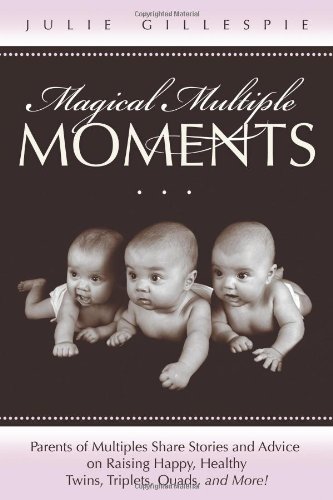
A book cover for Magical Multiple Moments: Parents of Multiples Share Stories and Advice on Raising Happy, Healthy Twins, Triplets, Quads, and More!; Julie Gillespie; Parenting & Relationships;